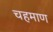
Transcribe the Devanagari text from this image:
चहमाण